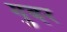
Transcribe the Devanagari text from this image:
गुबर